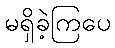
မရှိခဲ့ကြပေ